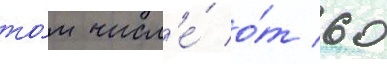
то́м числ'е́ о́т 60